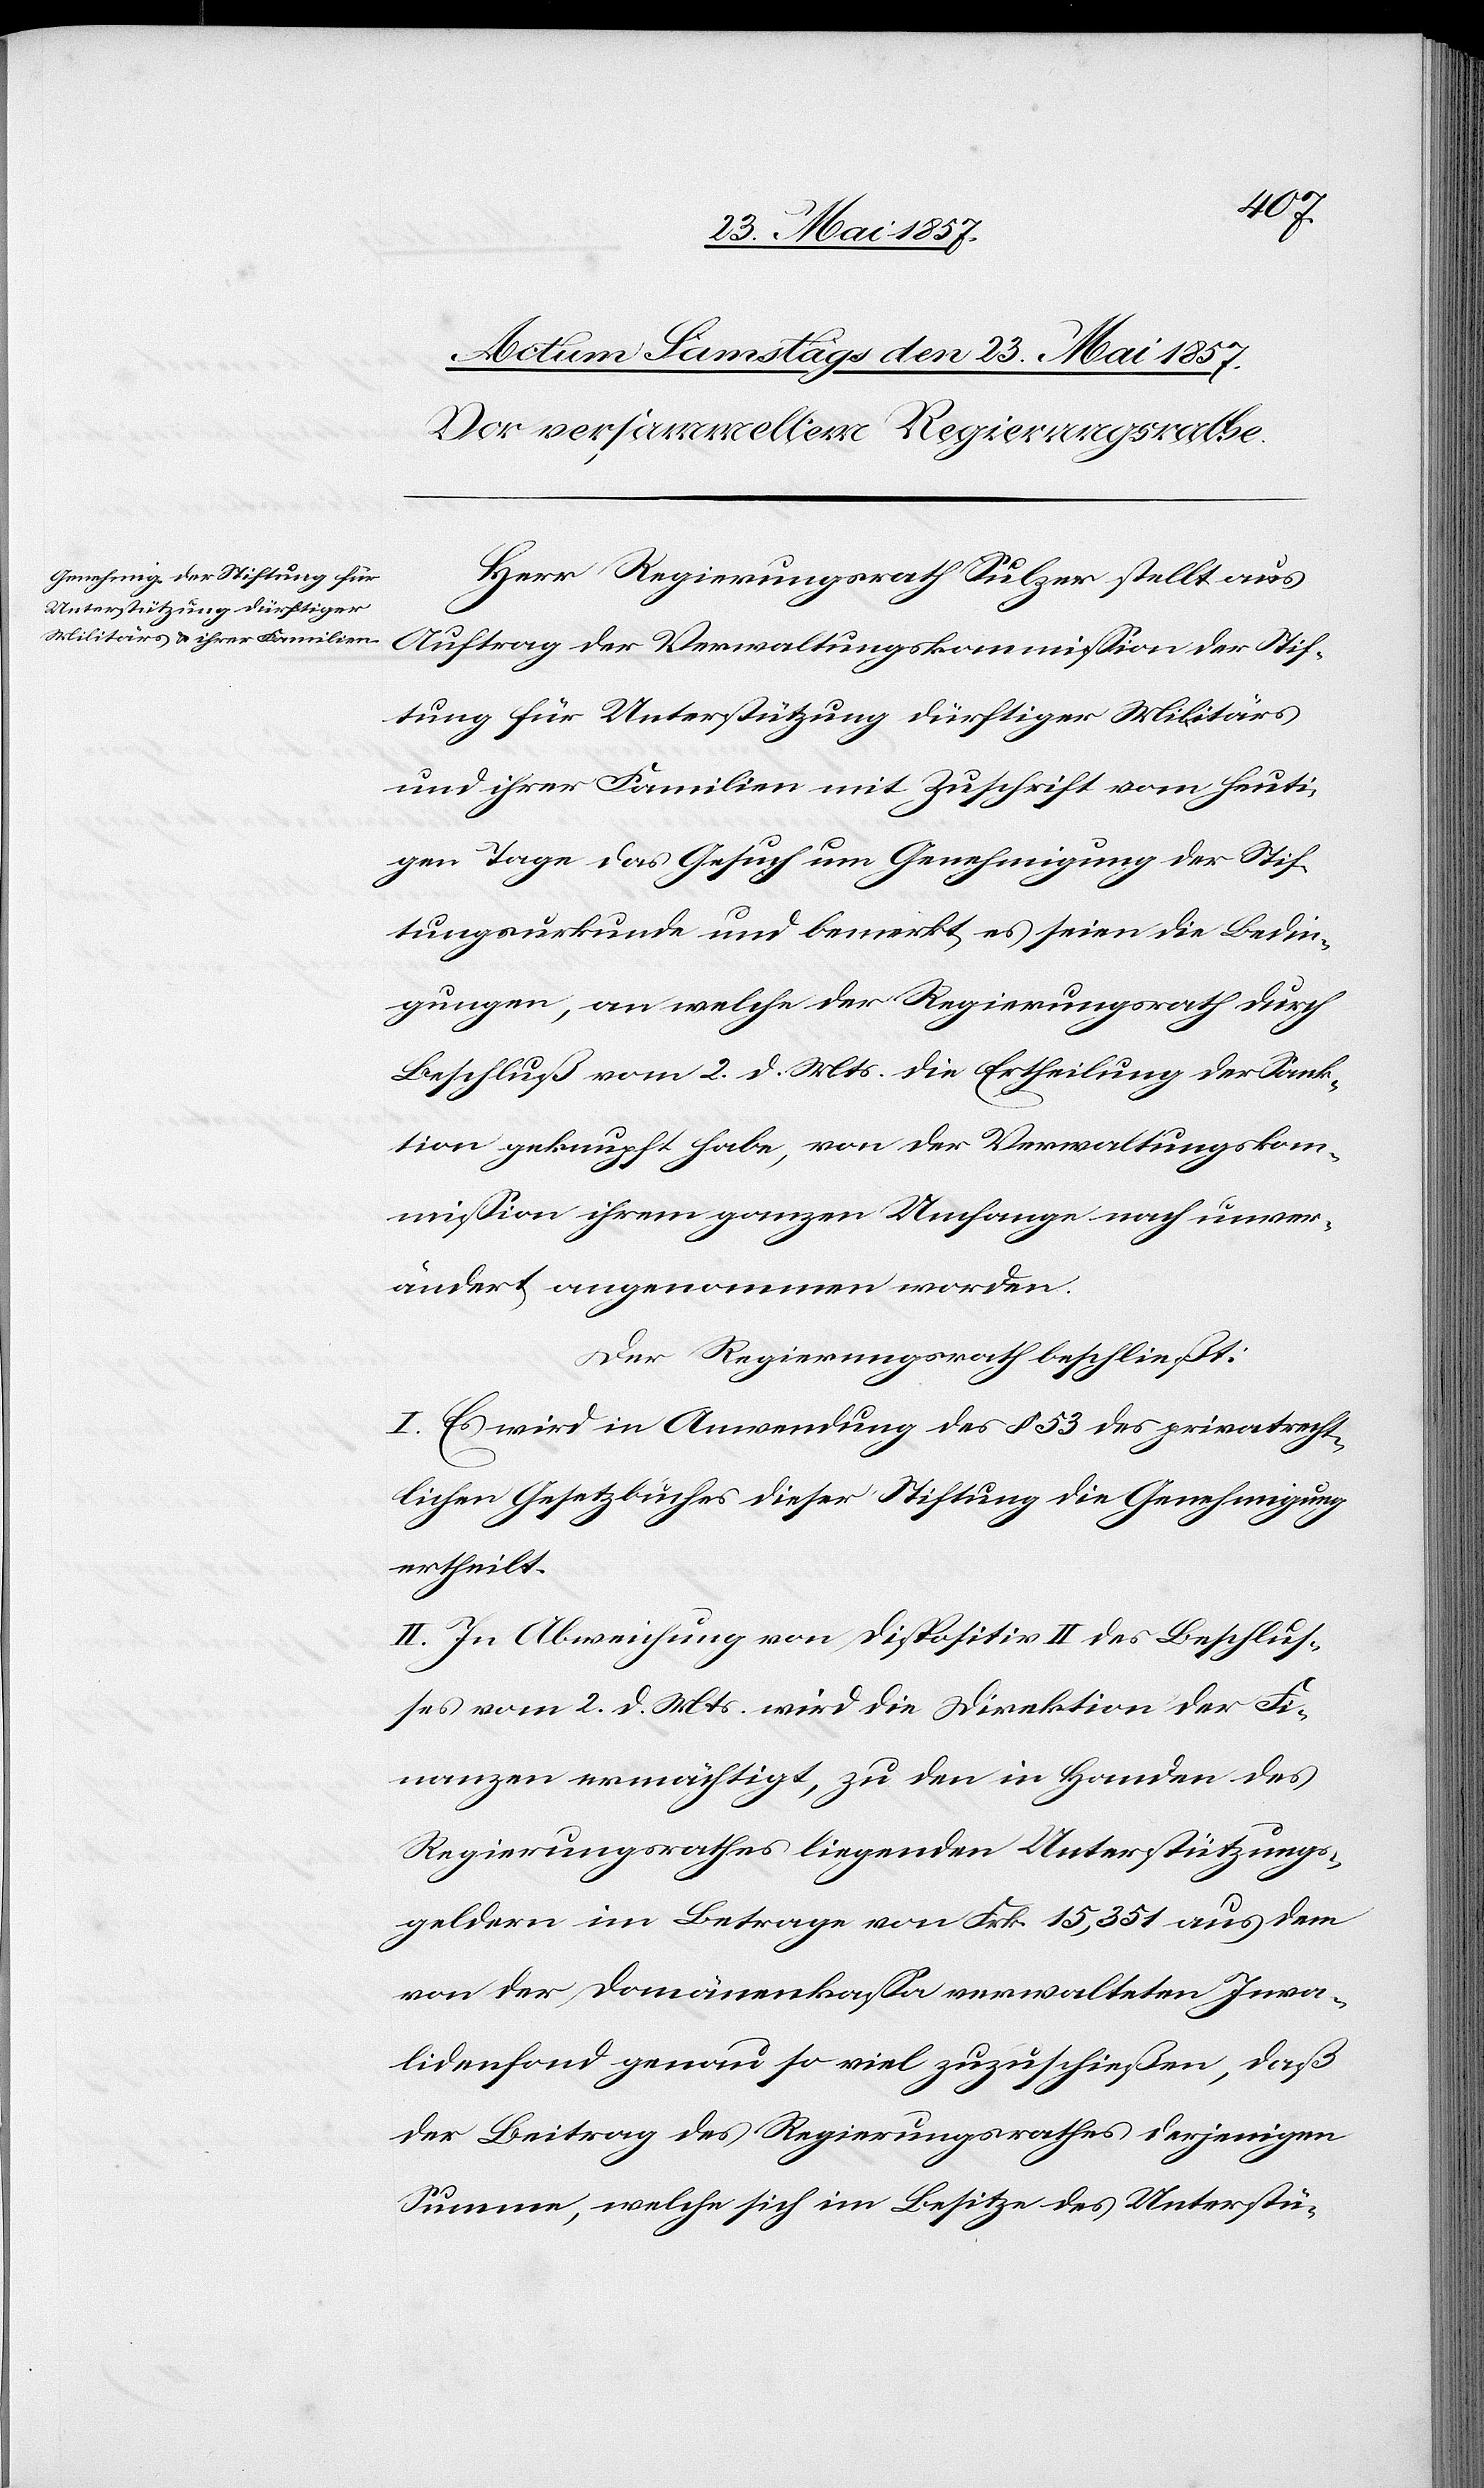
Herr Regierungsrath Sulzer stellt aus
Auftrag der Verwaltungskommission der Stif¬
tung für Unterstützung dürftiger Militärs
und ihrer Familien mit Zuschrift vom heuti¬
gen Tage das Gesuch um Genehmigung der Stif¬
tungsurkunde und bemerkt es seien die Bedin¬
gungen, an welche der Regierungsrath durch
Beschluß vom 2 d. Mts. die Ertheilung der Sank¬
tion geknupft habe, von der Verwaltungskom¬
mission ihrem ganzen Umfange nach unver¬
ändert angenommen worden.
Der Regierungsrath beschließt:
I. Es wird in Anwendung des § 53 des privatrecht¬
lichen Gesetzbuches dieser Stiftung die Genehmigung
ertheilt.
II. In Abweisung von Dispositiv II des Beschlus¬
ses vom 2 d. Mts. wird die Direktion der Fi¬
nanzen ermächtigt, zu den in Handen des
Regierungsrathes liegenden Unterstützungs¬
geldern im Betrage von Frk. 15,351 aus dem
von der Domänenkassa verwalteten Inva¬
lidenfond genau so viel zuzuschießen, daß
der Beitrag des Regierungsrathes derjenigen
Summe, welche sich im Besitze des Unterstü-